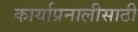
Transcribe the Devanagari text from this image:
कार्याप्रनालीसाठी